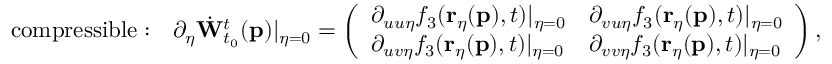
\mathrm { c o m p r e s s i b l e : \quad } \partial _ { \eta } \dot { \mathbf { W } } _ { t _ { 0 } } ^ { t } ( \mathbf { p } ) \vert _ { \eta = 0 } = \left( \begin{array} { l l } { \partial _ { u u \eta } f _ { 3 } ( \mathbf { r } _ { \eta } ( \mathbf { p } ) , t ) \vert _ { \eta = 0 } } & { \partial _ { v u \eta } f _ { 3 } ( \mathbf { r } _ { \eta } ( \mathbf { p } ) , t ) \vert _ { \eta = 0 } } \\ { \partial _ { u v \eta } f _ { 3 } ( \mathbf { r } _ { \eta } ( \mathbf { p } ) , t ) \vert _ { \eta = 0 } } & { \partial _ { v v \eta } f _ { 3 } ( \mathbf { r } _ { \eta } ( \mathbf { p } ) , t ) \vert _ { \eta = 0 } } \end{array} \right) ,